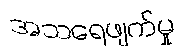
အသရေဖျက်မှု